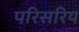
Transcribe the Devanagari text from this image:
परिसरिय